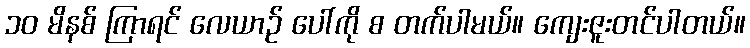
၁၀ မိနစ် ကြာရင် လေယာဉ် ပေါ်ကို စ တက်ပါမယ်။ ကျေးဇူးတင်ပါတယ်။